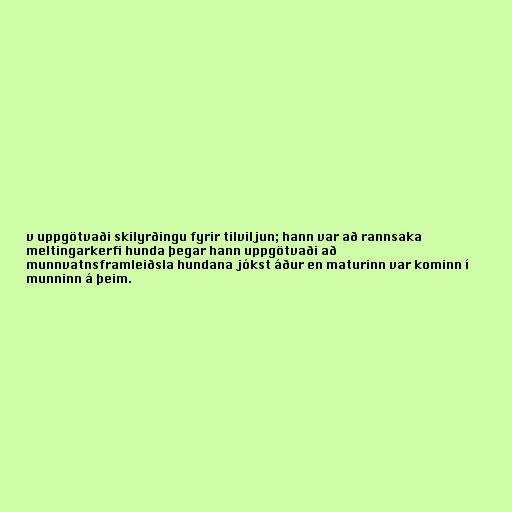
v uppgötvaði skilyrðingu fyrir tilviljun; hann var að rannsaka
meltingarkerfi hunda þegar hann uppgötvaði að
munnvatnsframleiðsla hundana jókst áður en maturinn var kominn í
munninn á þeim.